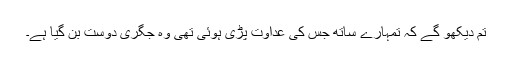
تم دیکھو گے کہ تمہارے ساتھ جس کی عداوت پڑی ہوئی تھی وہ جگری دوست بن گیا ہے۔